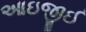
આઇજીઈ